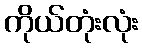
ကိုယ်တုံးလုံး